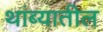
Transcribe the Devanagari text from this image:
थांब्यातील